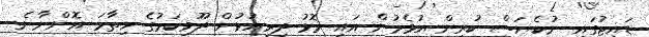
ޑައިޓުގައި ނުކެޔަސް ކުރިން އުޅެމުން އައި މޮޅު ދިރިއުޅުން ދޫވިކަމުގެ ހިތާމަ އޮންނާނެ